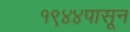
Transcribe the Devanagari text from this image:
१९४४पासून